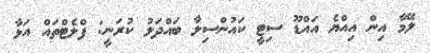
ލޭމާ އިން އިއްޔެ އައްޑޫ ސިޓީ ކައުންސިލާ ބައްދަލު ކުރަނީ: ފްލެޓްތައް އަޅާ